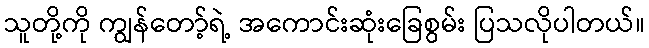
သူတို့ကို ကျွန်တော့်ရဲ့ အကောင်းဆုံးခြေစွမ်း ပြသလိုပါတယ်။